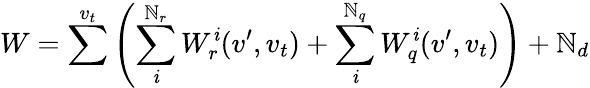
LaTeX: W=\sum^{v_{t}}\left(\sum_{\mathit{i}}^{\mathbb{N}_{r}}W_{r}^{\mathit{i}}(v^{\prime},v_{t})+\sum_{\mathit{i}}^{\mathbb{N}_{q}}W_{q}^{\mathit{i}}(v^{\prime},v_{t})\right)+\mathbb{N}_{d}